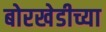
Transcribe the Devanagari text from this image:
बोरखेडीच्या